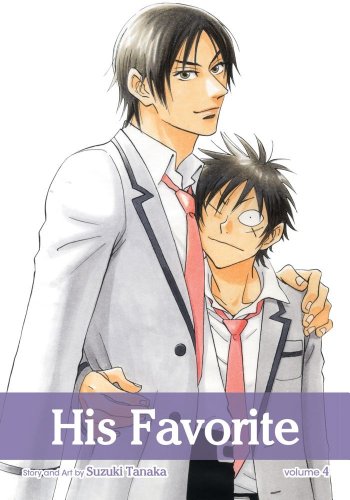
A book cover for His Favorite, Vol. 4; Suzuki Tanaka; Comics & Graphic Novels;